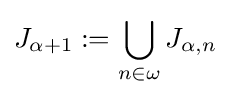
J_{\alpha +1}:=\bigcup _{n\in \omega }J_{\alpha ,n}